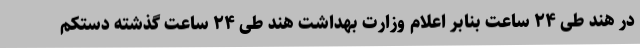
در هند طی ۲۴ ساعت بنابر اعلام وزارت بهداشت هند طی ۲۴ ساعت گذشته دستکم